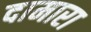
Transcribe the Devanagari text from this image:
दामारा